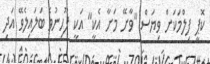
ކޮޕީ ފިލްމަކަށް ވިޔަސް "ވާށޭ މަށާ އެކީ" އަކީ ފޫހިނުވެ ބަލައިލެވޭ އަދި